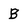
Character: B